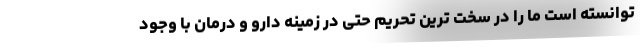
توانسته است ما را در سخت ترین تحریم حتی در زمینه دارو و درمان با وجود